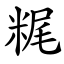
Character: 䊊